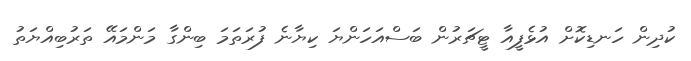
ކުދިން ހަނޑިކޮށް އުޅެފީއާ ޓީޗަރުން ބަސްއަހަންޔަ ކިޔާނެ ފުރަތަމަ ބިންގާ މަންމައޭ ތަރުބިއްޔަތު